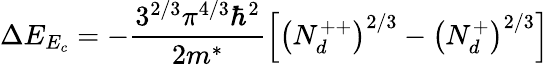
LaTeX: \Delta E_{E_{c}}=-\frac{3^{2/3}\pi^{4/3}\hbar^{2}}{2m^{*}}\left[\left(N_{d}^{++}\right)^{2/3}-\left(N_{d}^{+}\right)^{2/3}\right]